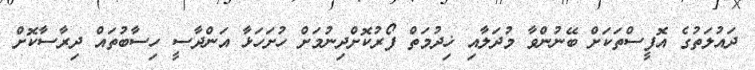
ދައުލަތުގެ އޮފީސްތަކަށް ބޭނުންވާ މުދަލާއި ޚިދުމަތް ފޯރުކޮށްދިނުމަށް ހުށަހަޅާ އަންދާސީ ހިސާބުތައް ދިރާސާކޮށް